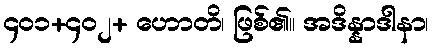
၄၀၁+၄၀၂+ ဟောတိ၊ ဖြစ်၏။ အဒိန္နာဒါနာ၊